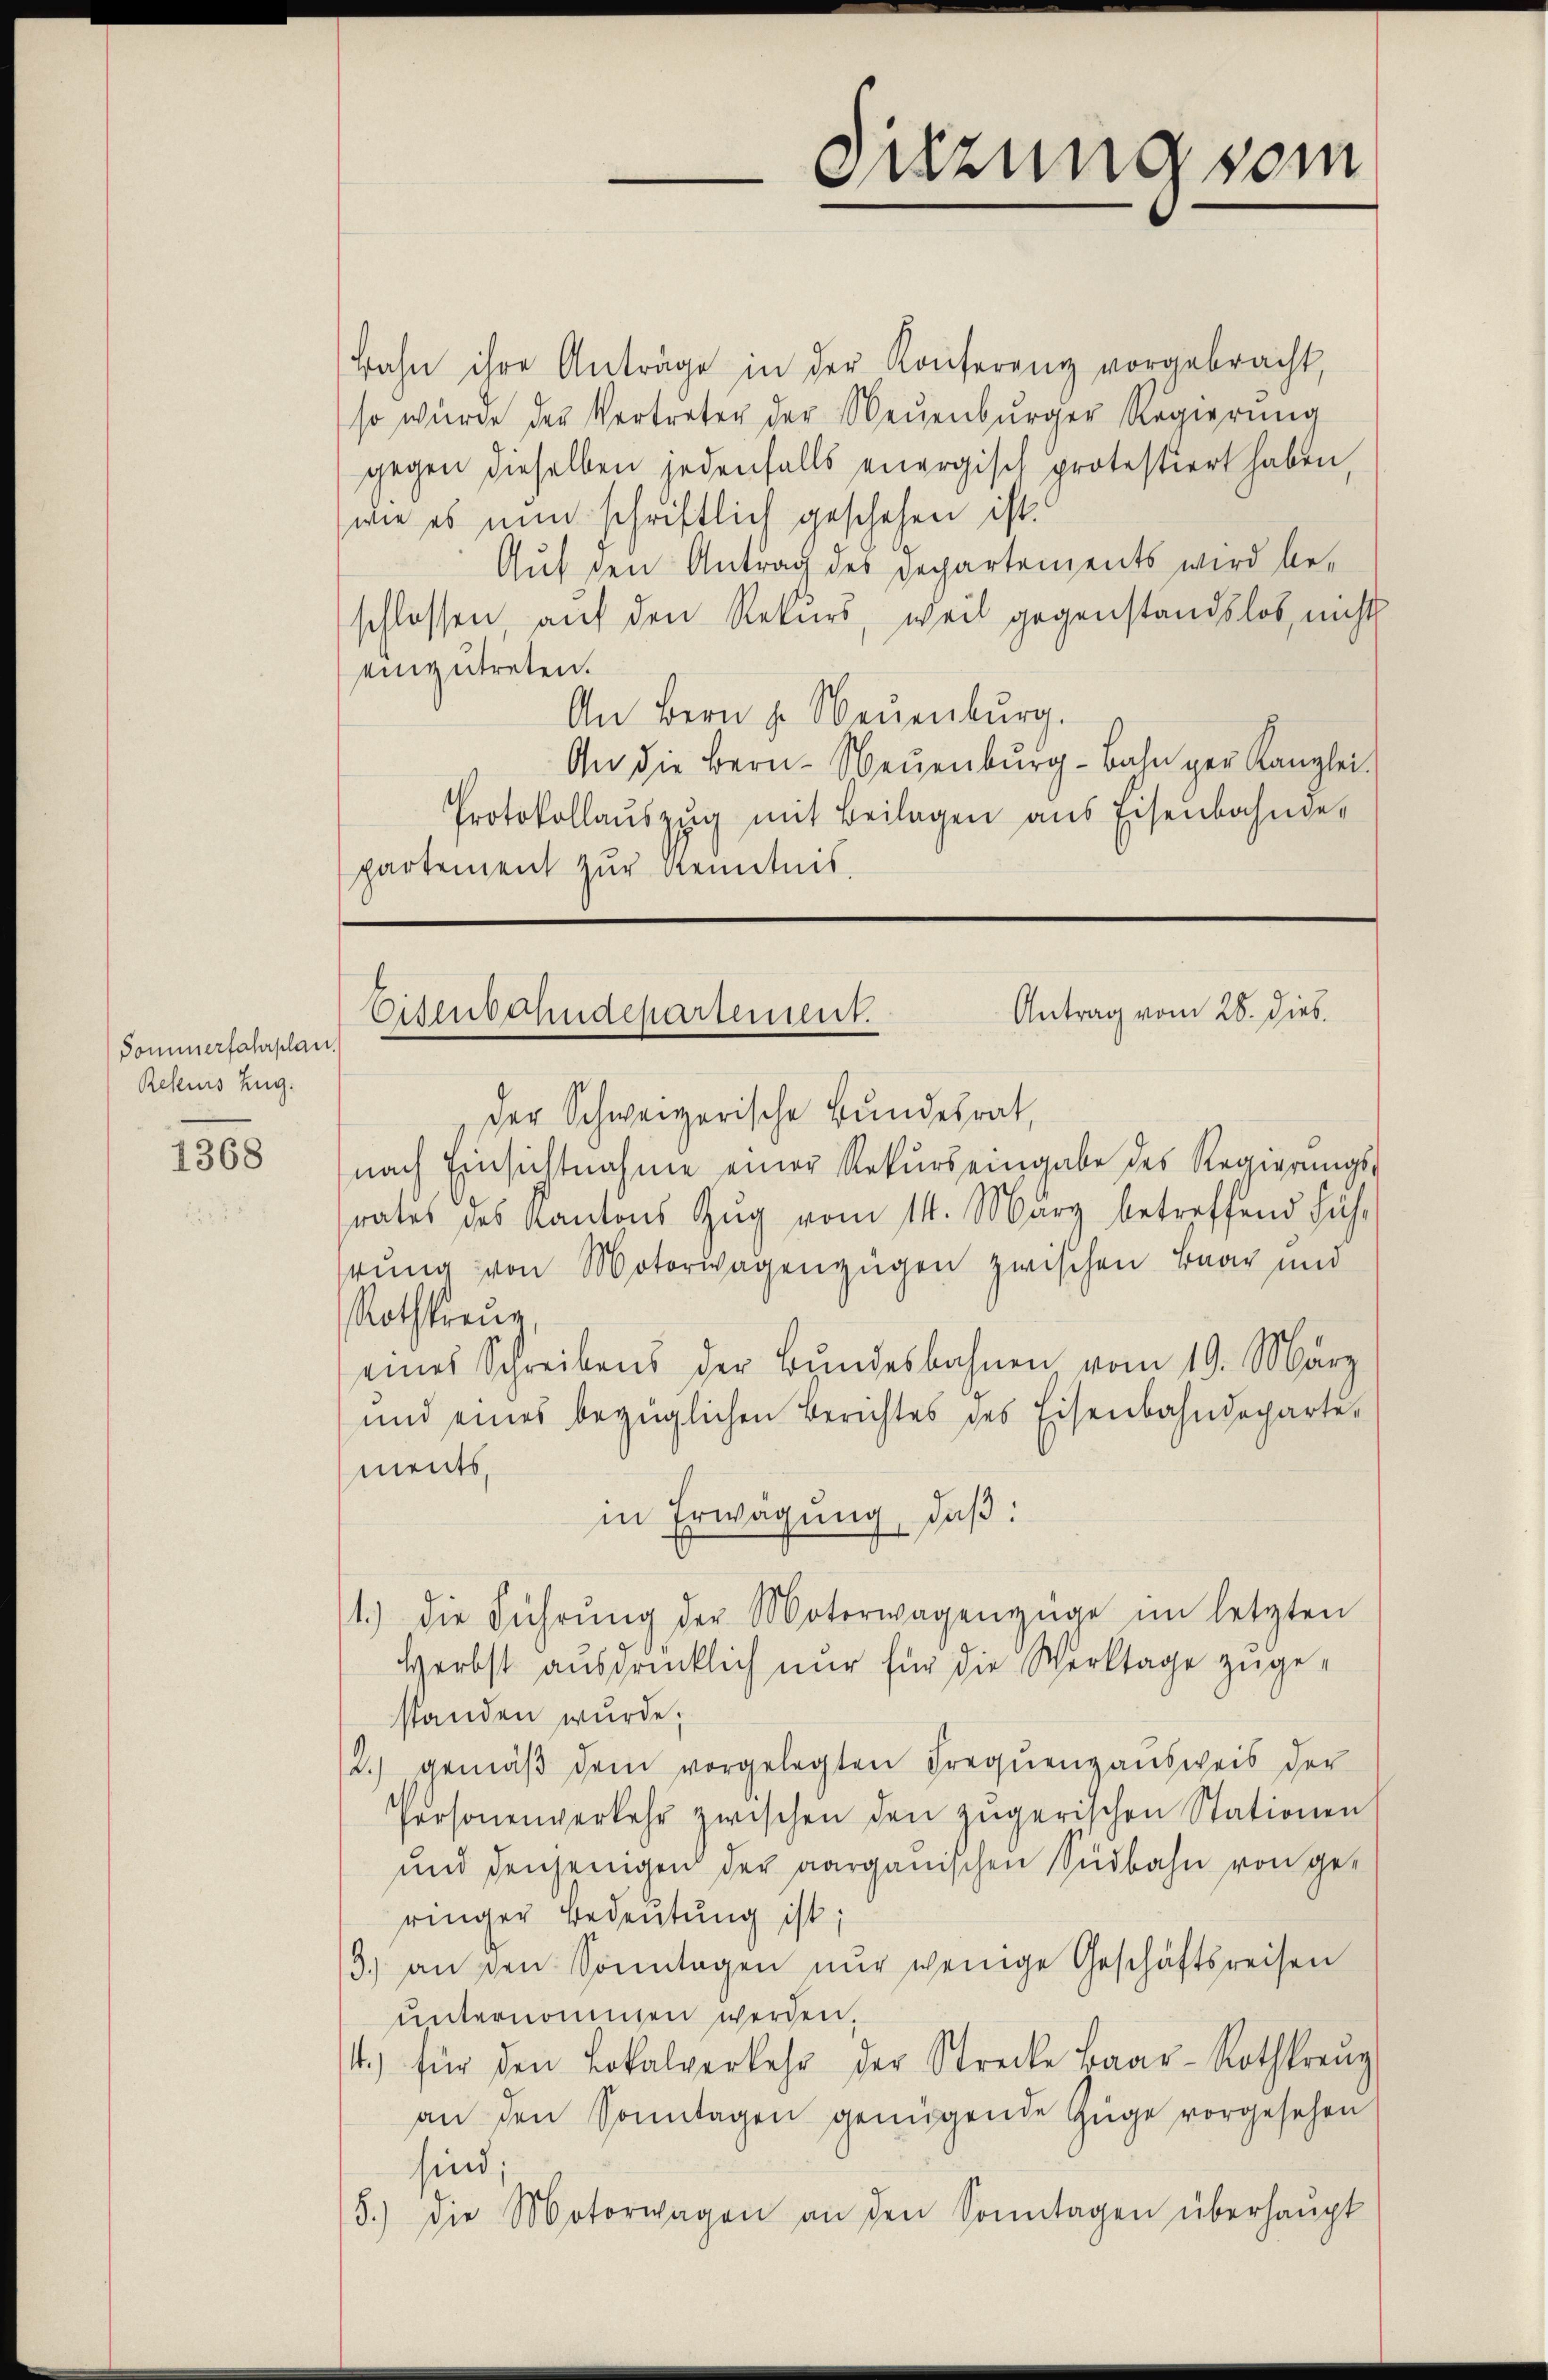
Sommerfahrplan.
Resers Zug.

1368

Bahn ihre Anträge in der Konferenz vorgebracht,
so würde der Vertreter der Neuenburger Regierŭng
gegen dieselben jedenfalls energisch protestiert haben
wie es nun schriftlich geschehen ist.
Auf den Antrag des Departements wird be-
schlossen, auf den Rekurs, weil gegenstandslos, nicht
einzutreten.
An Bern p. Neuenburg.
An die Bern-Neuenburg-Bahn ger Kanzlei.
Protokollaŭszŭg mit Beilagen ans Eisenbahnge-
partement zur Kenntnis.

Sitzung vom

Der Schweizerische Bundesrat,
nach Einsichtnahme einer Rekurs eingabe des Regierungs-
rates des Kantons Zug vom 14. März betreffend Füh-
rung von Motorwagenzügen zwischen Baar und
Rothkreue
eines Schreibens der Bŭndesbahnen vom 19. März
und eines bezüglichen Berichtes des Eisenbahndepartements,
in Erwägung, daß:
1.) die Führŭng der Motorwagenzüge im letzten
Herbst ausdrücklich nur für die Werktage zugestanden wurde;
2.) gemäβ dem vorgelegten Frequenzausweis der
Personenverkehr zwischen den zŭgerischen Stationen
und denjenigen der aargauischen Südbahn von geringer Bedeutung ist;
3.) an den Sonntagen nŭr wenige Geschäftsreisen
unternommen werden.
.) für den Lokalverkehr der Strecke Baar-Rothkreuz
an den Sonntagen genügende Züge vorgesehen
sind;
5.) Die Motorwagen an den Sonntagen überhaŭpt

Antrag vom 28. dies
Eisenbahndepartement.